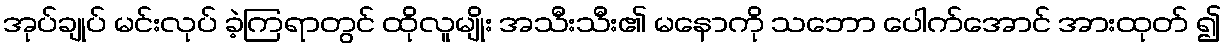
အုပ်ချုပ် မင်းလုပ် ခဲ့ကြရာတွင် ထိုလူမျိုး အသီးသီး၏ မနောကို သဘော ပေါက်အောင် အားထုတ် ၍